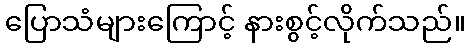
ပြောသံများကြောင့် နားစွင့်လိုက်သည်။